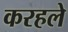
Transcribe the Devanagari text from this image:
करहले